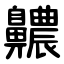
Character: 齈